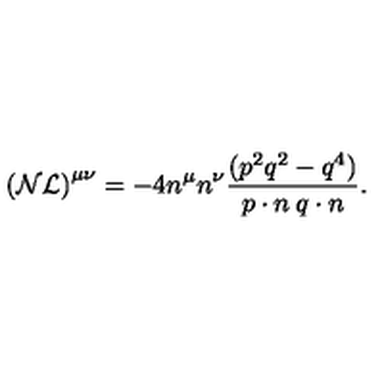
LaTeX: { \cal ( N L ) } ^ { \mu \nu } = - 4 n ^ { \mu } n ^ { \nu } \frac { ( p ^ { 2 } q ^ { 2 } - q ^ { 4 } ) } { p \cdot n \: q \cdot n } .